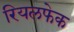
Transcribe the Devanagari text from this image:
रियलफेक